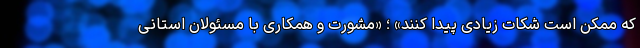
که ممکن است شکات زیادی پیدا کنند» ؛ «مشورت و همکاری با مسئولان استانی